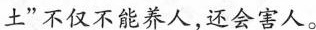
土”不仅不能养人，还会害人。